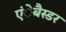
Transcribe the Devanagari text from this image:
एंेबैस्डर